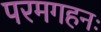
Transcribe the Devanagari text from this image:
परमगहनः